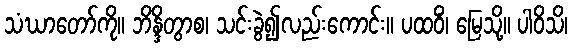
သံဃာတော်ကို။ ဘိန္ဒိတွာစ၊ သင်းခွဲ၍လည်းကောင်း။ ပထဝိံ၊ မြေသို့။ ပါဝိသိ၊